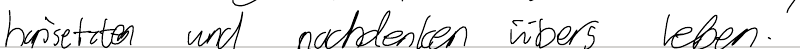
hinsetzten und nachdenken über Leben.